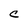
Character: C